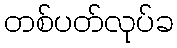
တစ်ပတ်လုပ်ခ